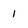
Character: l